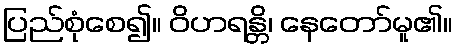
ပြည်စုံစေ၍။ ဝိဟရန္တိ၊ နေတော်မူ၏။